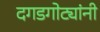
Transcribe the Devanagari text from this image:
दगडगोट्यांनी